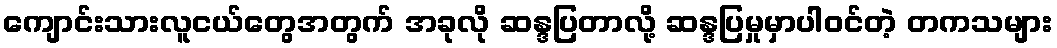
ကျောင်းသားလူငယ်တွေအတွက် အခုလို ဆန္ဒပြတာလို့ ဆန္ဒပြမှုမှာပါဝင်တဲ့ တကသများ